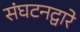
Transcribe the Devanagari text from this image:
संघटनद्वारे